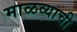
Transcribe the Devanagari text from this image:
माळव्याची